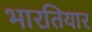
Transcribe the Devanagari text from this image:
भारतियार